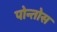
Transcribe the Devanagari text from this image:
पोन्तोस